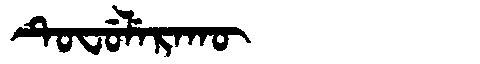
Manchu: ᡨᡠᠸᡠᠯᡝᡵᠠᡴᡡ
Romanization: TUFULERAKŪ